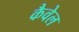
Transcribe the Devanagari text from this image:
कैवेल